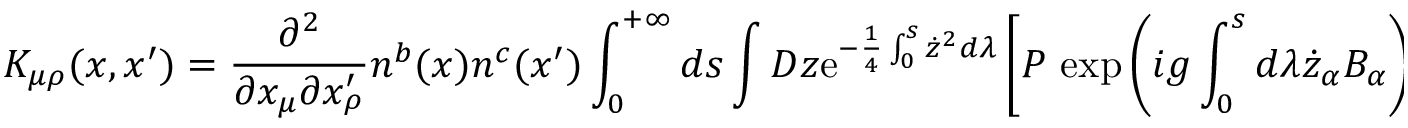
K _ { \mu \rho } ( x , x ^ { \prime } ) = \frac { \partial ^ { 2 } } { \partial x _ { \mu } \partial x _ { \rho } ^ { \prime } } n ^ { b } ( x ) n ^ { c } ( x ^ { \prime } ) \int _ { 0 } ^ { + \infty } d s \int D z \mathrm { e } ^ { - \frac 1 4 \int _ { 0 } ^ { s } \dot { z } ^ { 2 } d \lambda } \left[ P { \, } \exp \left( i g \int _ { 0 } ^ { s } d \lambda \dot { z } _ { \alpha } B _ { \alpha } \right) \right] ^ { b c } ,